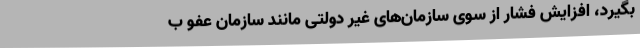
بگیرد، افزایش فشار از سوی سازمان‌های غیر دولتی مانند سازمان عفو ب